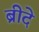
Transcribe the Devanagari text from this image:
ब्रीदे